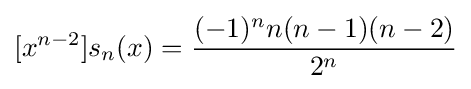
[x^{n-2}]s_{n}(x)={\frac {(-1)^{n}n(n-1)(n-2)}{2^{n}}}